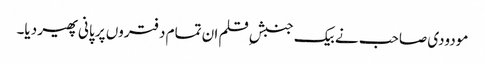
مودودی صاحب نے بیک جنبشِ قلم ان تمام دفتروں پر پانی پھیر دیا۔